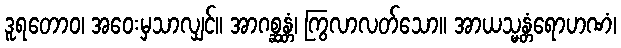
ဒူရတောဝ၊ အဝေးမှသာလျှင်။ အာဂစ္ဆန္တံ၊ ကြွလာလတ်သော။ အာယသ္မန္တံရောဟဏံ၊